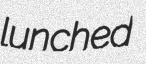
lunched